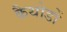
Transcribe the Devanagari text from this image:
कैथोडों